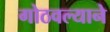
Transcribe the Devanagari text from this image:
गोठवल्याने